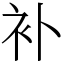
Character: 补